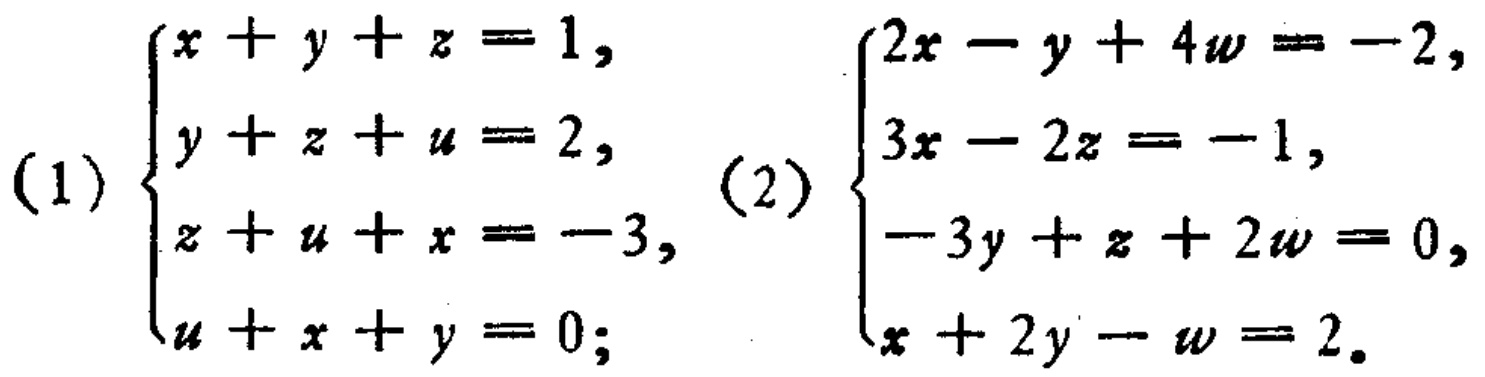
(1) \(\begin{cases}x + y + z = 1,\\y + z + u = 2,\\z + u + x = -3,\\u + x + y = 0;\end{cases}\) (2) \(\begin{cases}2x - y + 4w = -2,\\3x - 2z = -1,\\-3y + z + 2w = 0,\\x + 2y - w = 2.\end{cases}\)